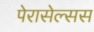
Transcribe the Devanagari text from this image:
पेरासेल्सस